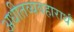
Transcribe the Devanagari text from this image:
अधीतव्यवहारार्थं